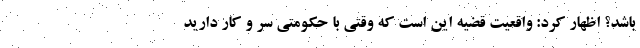
باشد؟ اظهار کرد: واقعیت قضیه این است که وقتی با حکومتی سر و کار دارید